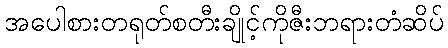
အပေါစားတရုတ်စတီးချိုင့်ကိုဇီးဘရားတံဆိပ်